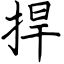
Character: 捍